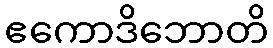
ဧကောဒိဘောတိ